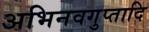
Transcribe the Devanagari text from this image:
अभिनवगुप्तादि